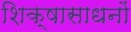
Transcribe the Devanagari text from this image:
शिक्षासाधनों